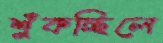
শুঁকচ্ছিলে